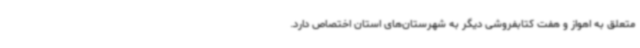
متعلق به اهواز و هفت کتابفروشی دیگر به شهرستان‌های استان اختصاص دارد.